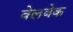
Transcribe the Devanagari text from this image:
वेलबेक